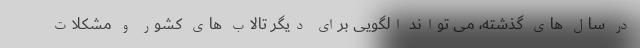
در سال های گذشته، می تواند الگویی برای دیگر تالاب های کشور و مشکلات